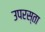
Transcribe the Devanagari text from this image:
उपरस्ता